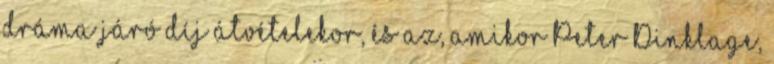
dráma járó díj átvételekor, és az, amikor Peter Dinklage,